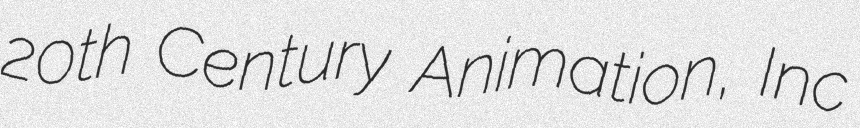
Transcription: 20th Century Animation, Inc